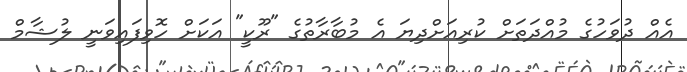
އެއް ދުވަހުގެ މުއްދަތަށް ކުރިއަށްދިޔަ އެ މުބާރާތުގެ "ރޫކީ" އަކަށް ހޮވިފައިވަނީ ލުޝާމް